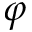
\varphi